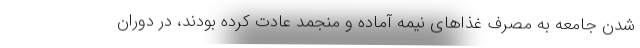
شدن جامعه به مصرف غذاهای نیمه آماده و منجمد عادت کرده‌ بودند، در دوران